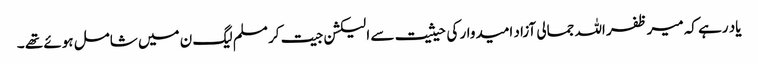
یاد رہے کہ میر ظفر اللہ جمالی آزاد امیدوار کی حیثیت سے الیکشن جیت کر مسلم لیگ ن میں شامل ہوئے تھے ۔